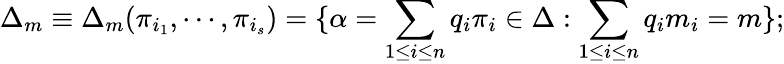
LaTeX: \Delta_{m}\equiv\Delta_{m}(\pi_{i_{1}},\cdots,\pi_{i_{s}})=\{ \alpha=\sum_{1\leq i\leq n}q_{i}\pi_{i}\in\Delta:\sum_{1\leq i\leq n}q_{i}m_{i}=m\} ;